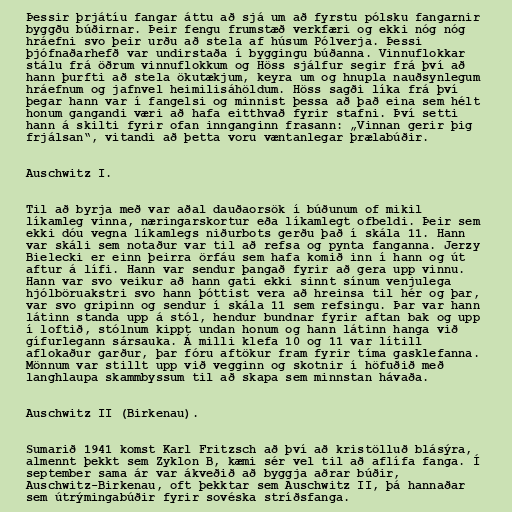
Þessir þrjátíu fangar áttu að sjá um að fyrstu pólsku fangarnir
byggðu búðirnar. Þeir fengu frumstæð verkfæri og ekki nóg nóg
hráefni svo þeir urðu að stela af húsum Pólverja. Þessi
þjófnaðarhefð var undirstaða í byggingu búðanna. Vinnuflokkar
stálu frá öðrum vinnuflokkum og Höss sjálfur segir frá því að
hann þurfti að stela ökutækjum, keyra um og hnupla nauðsynlegum
hráefnum og jafnvel heimilisáhöldum. Höss sagði líka frá því
þegar hann var í fangelsi og minnist þessa að það eina sem hélt
honum gangandi væri að hafa eitthvað fyrir stafni. Því setti
hann á skilti fyrir ofan innganginn frasann: „Vinnan gerir þig
frjálsan“, vitandi að þetta voru væntanlegar þrælabúðir.

Auschwitz I.

Til að byrja með var aðal dauðaorsök í búðunum of mikil
líkamleg vinna, næringarskortur eða líkamlegt ofbeldi. Þeir sem
ekki dóu vegna líkamlegs niðurbots gerðu það í skála 11. Hann
var skáli sem notaður var til að refsa og pynta fanganna. Jerzy
Bielecki er einn þeirra örfáu sem hafa komið inn í hann og út
aftur á lífi. Hann var sendur þangað fyrir að gera upp vinnu.
Hann var svo veikur að hann gati ekki sinnt sínum venjulega
hjólböruakstri svo hann þóttist vera að hreinsa til hér og þar,
var svo gripinn og sendur í skála 11 sem refsingu. Þar var hann
látinn standa upp á stól, hendur bundnar fyrir aftan bak og upp
í loftið, stólnum kippt undan honum og hann látinn hanga við
gífurlegann sársauka. Á milli klefa 10 og 11 var lítill
aflokaður garður, þar fóru aftökur fram fyrir tíma gasklefanna.
Mönnum var stillt upp við vegginn og skotnir í höfuðið með
langhlaupa skammbyssum til að skapa sem minnstan hávaða.

Auschwitz II (Birkenau).

Sumarið 1941 komst Karl Fritzsch að því að kristölluð blásýra,
almennt þekkt sem Zyklon B, kæmi sér vel til að aflífa fanga. Í
september sama ár var ákveðið að byggja aðrar búðir,
Auschwitz-Birkenau, oft þekktar sem Auschwitz II, þá hannaðar
sem útrýmingabúðir fyrir sovéska stríðsfanga.